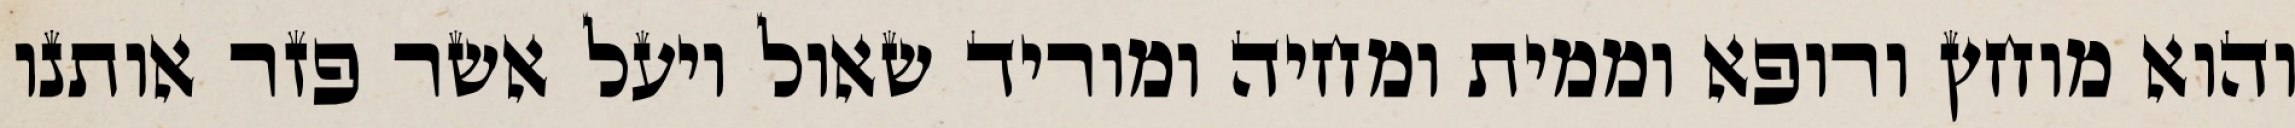
והוא מוחץ ורופא וממית ומחיה ומוריד שאול ויעל אשר פזר אותנו